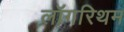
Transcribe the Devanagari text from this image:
लॉगरिथम